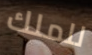
للملك